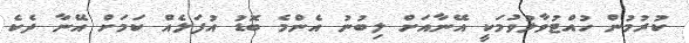
ކުރުމުން ހުއްޓުވާލުވުމަކީ އޭނާއަށް ލިބުނު އެންމެ ބޮޑު އުފަލެއް ކަމަށް އޭނާ ދެކެ